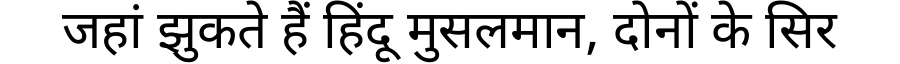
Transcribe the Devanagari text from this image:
जहां झुकते हैं हिंदू मुसलमान, दोनों के सिर